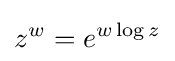
z^{w}=e^{w\log z}